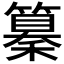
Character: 𥣚